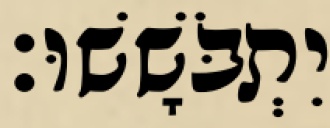
יִתְבֹּשָׁשׁוּ׃